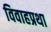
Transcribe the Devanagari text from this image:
विवाहप्रथा